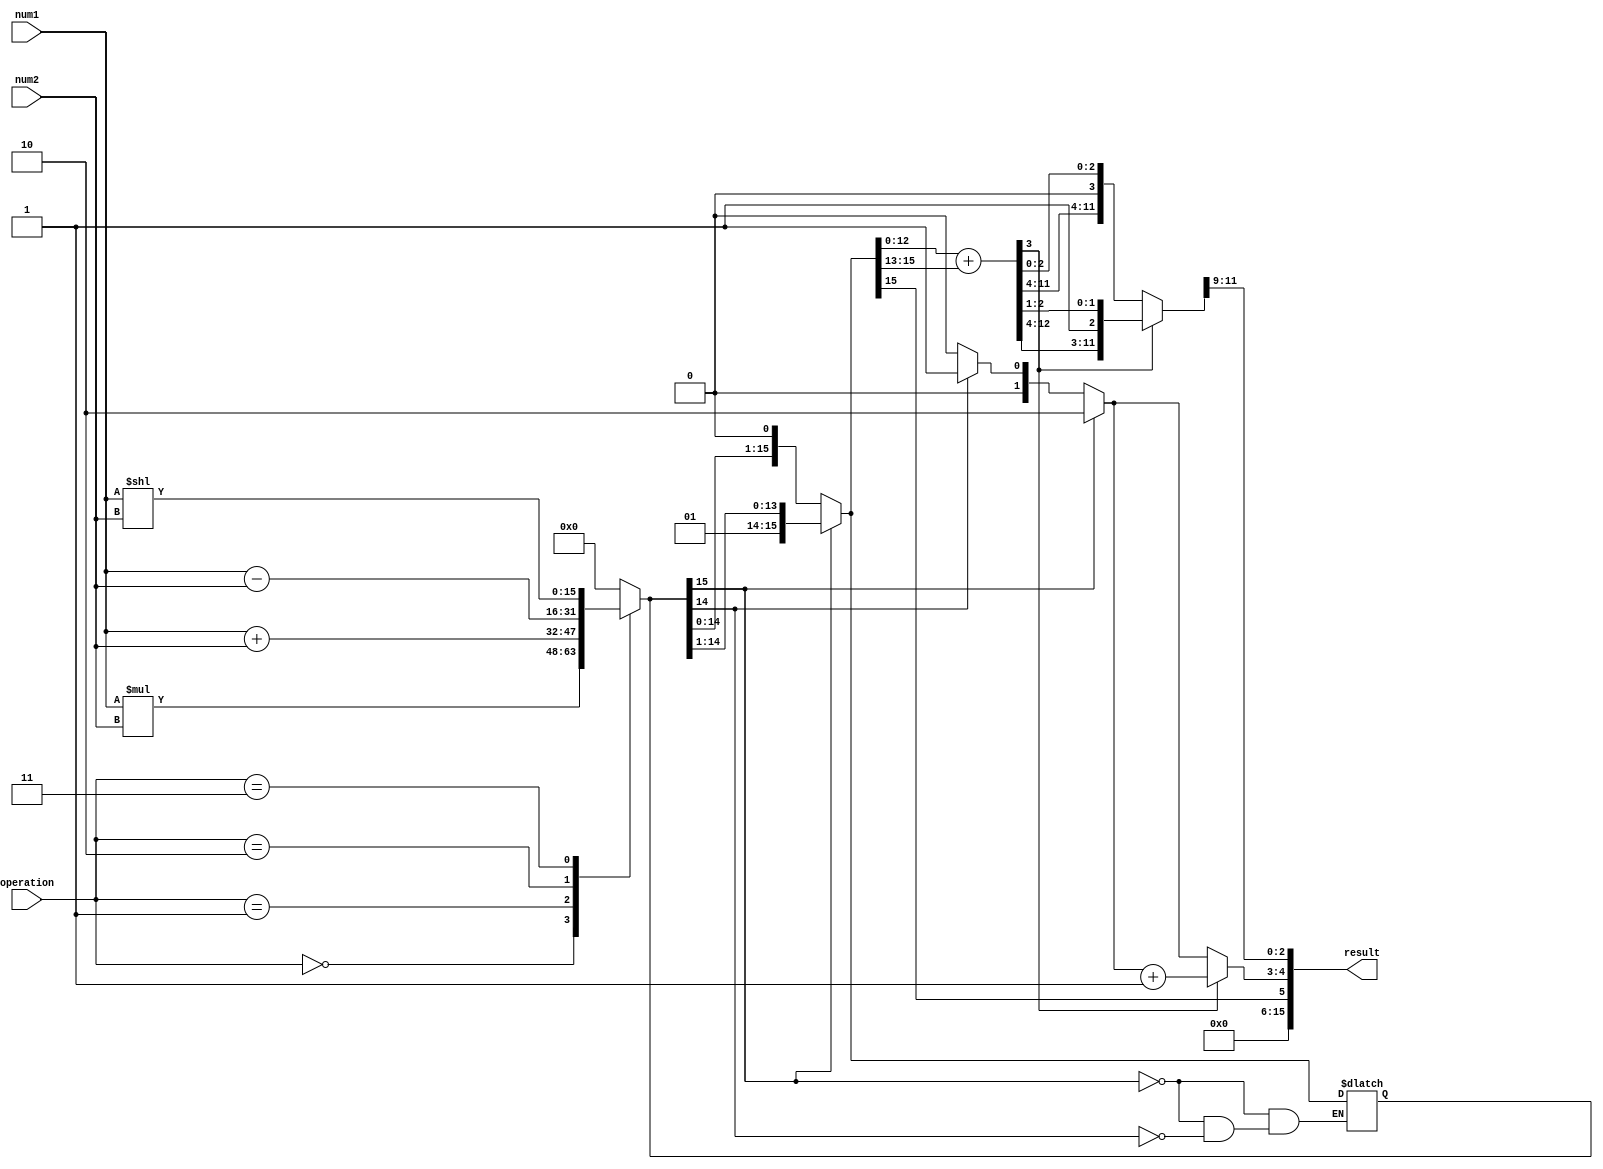
module half_precision_fpu (
    input wire [15:0] num1,
    input wire [15:0] num2,
    input wire [2:0] operation,
    output wire [15:0] result
);

reg [15:0] multiplicand;
reg [15:0] multiplier;
reg [15:0] addend;
reg [15:0] subtrahend;
reg [15:0] shift_result;
reg [15:0] temp_result;

wire [1:0] exponent_diff;
wire [16:0] mantissa_sum;
wire [15:0] normalized_result;

// Perform arithmetic operation based on operation input
always @(num1, num2, operation) begin
    multiplicand = num1;
    multiplier = num2;
    
    case(operation)
        3'b000: begin // Multiply
            temp_result = multiplicand * multiplier;
        end
        3'b001: begin // Add
            temp_result = multiplicand + multiplier;
        end
        3'b010: begin // Subtract
            temp_result = multiplicand - multiplier;
        end
        3'b011: begin // Shift
            temp_result = multiplicand << multiplier;
        end
        default: begin // Invalid operation
            temp_result = 16'h0000;
        end
    endcase
end

// Normalize the result to fit half precision format
always @(temp_result) begin
    if(temp_result[15] == 1) begin
        exponent_diff = 2'b10;
        temp_result = temp_result >> 1;
    end else if(temp_result[14] == 1) begin
        exponent_diff = 2'b01;
        temp_result = temp_result << 1;
    end else begin
        exponent_diff = 2'b00;
    end
    
    mantissa_sum = temp_result[12:0] + temp_result[15:13];
    
    if(mantissa_sum[3] == 1) begin
        mantissa_sum = mantissa_sum >> 1;
        exponent_diff = exponent_diff + 1;
    end
    
    normalized_result = {temp_result[15], exponent_diff, mantissa_sum[11:9]};
end

assign result = normalized_result;

endmodule